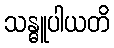
သန္ဓူပါယတိ